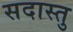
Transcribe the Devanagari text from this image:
सदास्तु